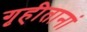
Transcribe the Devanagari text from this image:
गृहीतानां